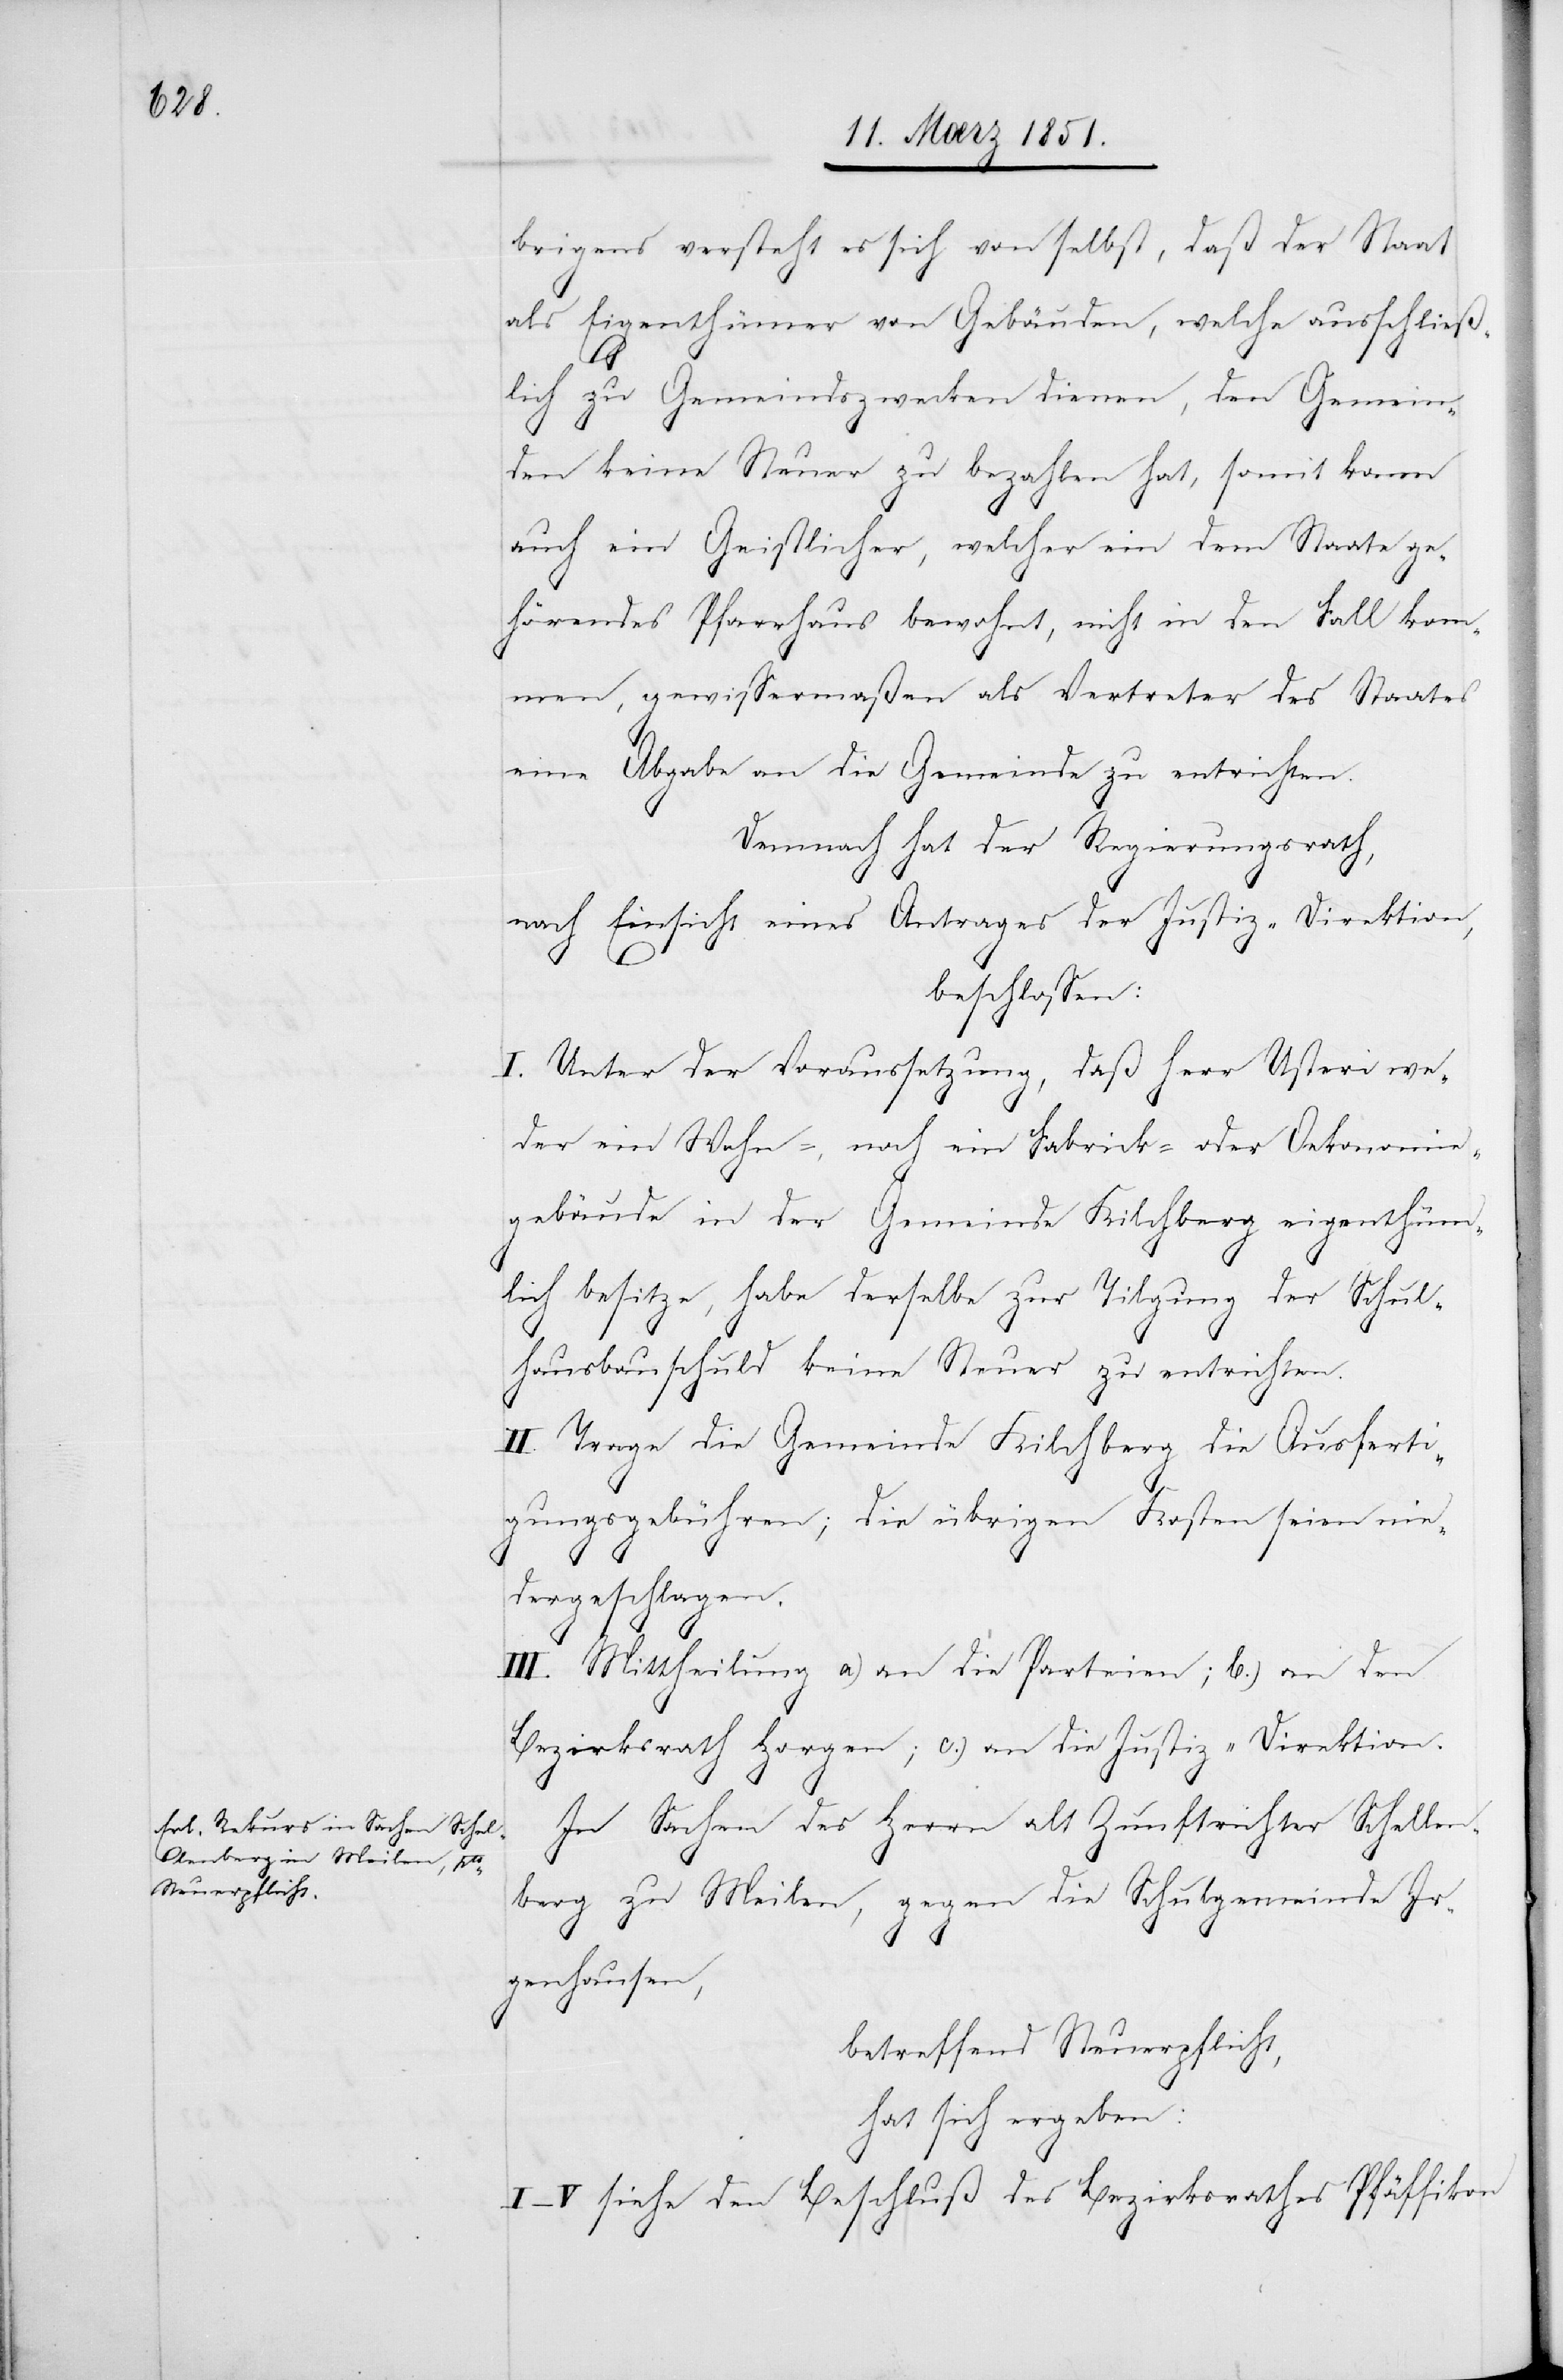
brigens versteht es sich von selbst, daß der Staat
als Eigenthümer von Gebäuden, welche ausschließ¬
lich zu Gemeindszwecken dienen, den Gemein¬
den keine Steuer zu bezahlen hat, somit kann
auch ein Geistlicher, welcher ein dem Staate ge¬
hörendes Pfarrhaus bewohnt, nicht in den Fall kom¬
men, gewissermaßen als Vertreter des Staates
eine Abgabe an die Gemeinde zu entrichten.
Demnach hat der Regierungsrath,
nach Einsicht eines Antrages der Justiz-Direktion,
beschlossen:
I. Unter der Voraussetzung, daß Herr Usteri we¬
der ein Wohn-, noch ein Fabrick- oder Oekonomie¬
gebäude in der Gemeinde Kilchberg eigenthüm¬
lich besitze, habe derselbe zur Tilgung der Schul¬
hausbauschuld keine Steuer zu entrichten.
II. Trage die Gemeinde Kilchberg die Ausferti¬
gungsgebühren; die übrigen Kosten seien nie¬
dergeschlagen.
III. Mittheilung a) an die Parteien; b.) an den
Bezirksrath Horgen; c.) an die Justiz-Direktion.
In Sachen des Herrn alt Zunftrichter Schellen¬
berg zu Meilen, gegen die Schulgemeinde Ir¬
genhausen,
betreffend Steuerpflicht,
hat sich ergeben:
I–V siehe den Beschluß des Bezirksrathes Pfäffikon